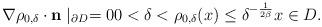
LaTeX: \begin{align*} \nabla \rho_{0,\delta} \cdot \textbf{n} \mid_{\partial D} = 00< \delta < \rho_{0,\delta}(x) \leq \delta^{-\frac{1}{2\beta}} x \in D .\end{align*}